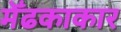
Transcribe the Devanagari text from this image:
मेँढकाकार